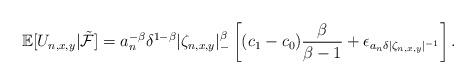
LaTeX: \begin{align*}\mathbb E[U_{n,x,y}|\tilde{\mathcal F}]=a_n^{-\beta}\delta^{1-\beta}|\zeta_{n,x,y}|_-^\beta\left[(c_1-c_0)\frac{\beta}{\beta-1}+\epsilon_{a_n\delta|\zeta_{n,x,y}|^{-1}}\right].\end{align*}